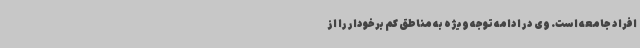
افراد جامعه است. وی در ادامه توجه ویژه به مناطق کم برخودار را از